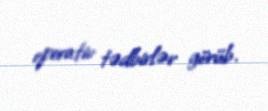
operativ tədbirlər görüb.